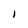
Character: 1